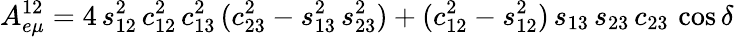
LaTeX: A_{e\mu}^{12}=4\, s_{12}^{2}\, c_{12}^{2}\, c_{13}^{2}\, (c_{23}^{2}-s_{13}^{2}\, s_{23}^{2})+(c_{12}^{2}-s_{12}^{2})\, s_{13}\, s_{23}\, c_{23}\, \cos\delta